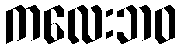
ကလေးဘဝ